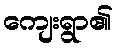
ကျေးရွာ၏